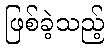
ဖြစ်ခဲ့သည့်